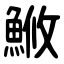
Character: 䱔